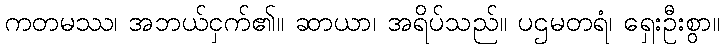
ကတမဿ၊ အဘယ်ငှက်၏။ ဆာယာ၊ အရိပ်သည်။ ပဌမတရံ၊ ရှေးဦးစွာ။